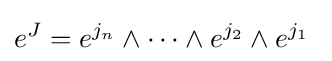
e^{J}=e^{j_{n}}\wedge \cdots \wedge e^{j_{2}}\wedge e^{j_{1}}\